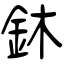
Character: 鈢